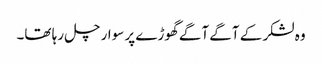
وہ لشکر کے آگے آگے گھوڑے پر سوار چل رہا تھا۔